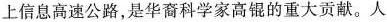
上信息高速公路，是华裔科学家高锟的重大贡献。人